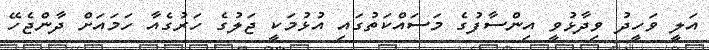
އަލީ ވަހީދު ވިދާޅުވީ އިންސާފުގެ މަސައްކަތުގައި އުޅުމަކީ ޖަލުގެ ހަރުގެއާ ހަމައަށް ދާންޖެހޭ